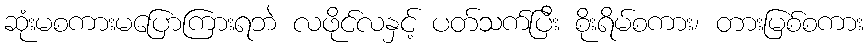
ဆုံးမစကားမပြောကြားရဘဲ လဖိုင်လနှင့် ပတ်သက်ပြီး စိုးရိမ်စကား၊ တားမြစ်စကား